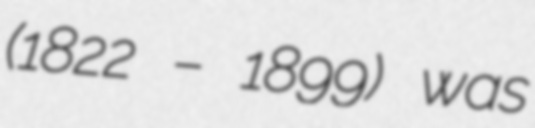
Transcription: (1822 – 1899) was